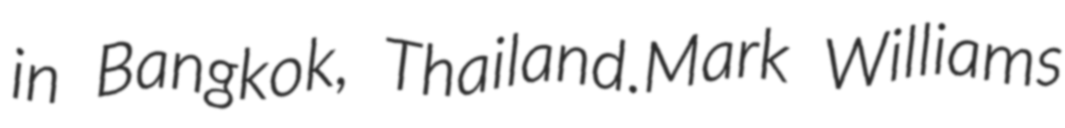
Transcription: in Bangkok, Thailand.Mark Williams